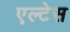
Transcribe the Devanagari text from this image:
एल्टेस